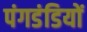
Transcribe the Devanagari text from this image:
पंगडंडियों